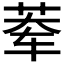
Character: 𰰿